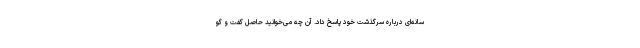
سانه‌ای درباره سرگذشت خود پاسخ داد. آن چه می‌خوانید حاصل گفت و گو